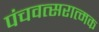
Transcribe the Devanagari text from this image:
पंचवत्सरात्मक